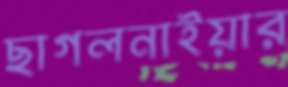
ছাগলনাইয়ার